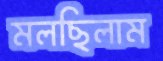
মলছিলাম